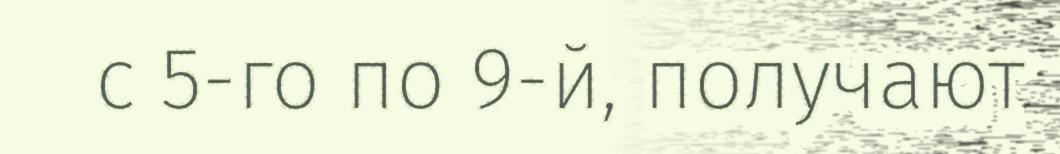
с 5-го по 9-й, получают